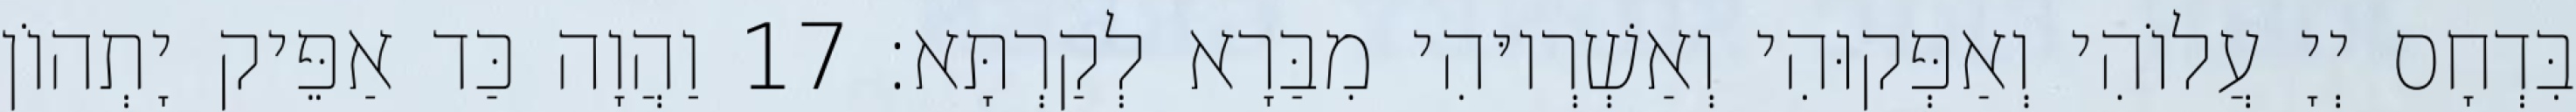
בִּדְחָס יְיָ עֲלוֹהִי וְאַפְּקוּהִי וְאַשְׁרְיוּהִי מִבַּרָא לְקַרְתָּא׃ 17 וַהֲוָה כַּד אַפֵּיק יָתְהוֹן